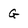
Character: G